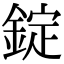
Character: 錠